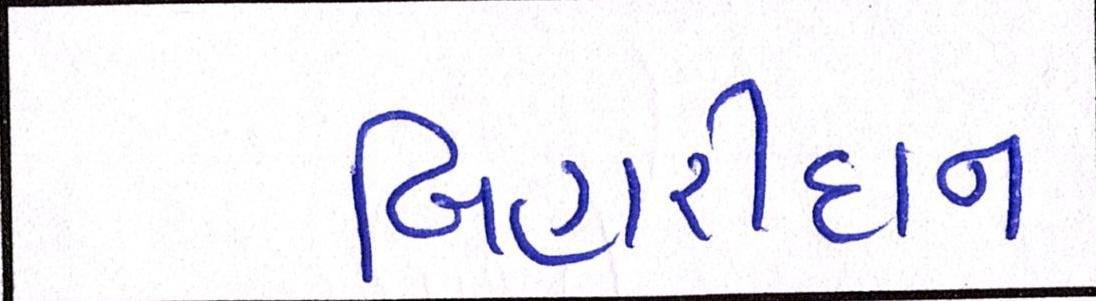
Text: બિહારીદાન